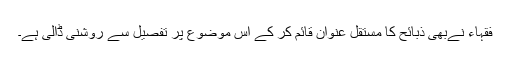
فقہاء نےبھی ذبائح کا مستقل عنوان قائم کر کے اس موضوع پر تفصیل سے روشنی ڈالی ہے۔